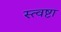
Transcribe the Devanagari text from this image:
स्त्वष्टा